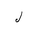
Letter: _lam